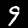
Label: 9